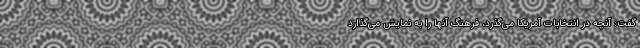
گفت: آنچه در انتخابات آمریکا می‌گذرد، فرهنگ آنها را به نمایش می‌گذارد